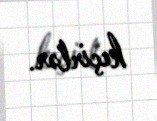
keçirlər.